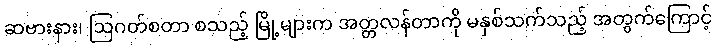
ဆဗားနား၊ ဩဂတ်စတာ စသည့် မြို့များက အတ္တလန်တာကို မနှစ်သက်သည့် အတွက်ကြောင့်